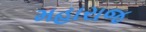
મહારાજ